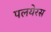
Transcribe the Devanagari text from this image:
पलयेरस